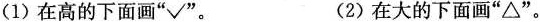
2.我会比。(1)在高的下面画”√”。 (2)在大的下面画”Δ”。